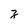
Character: z